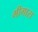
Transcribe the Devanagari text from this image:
मीगारा